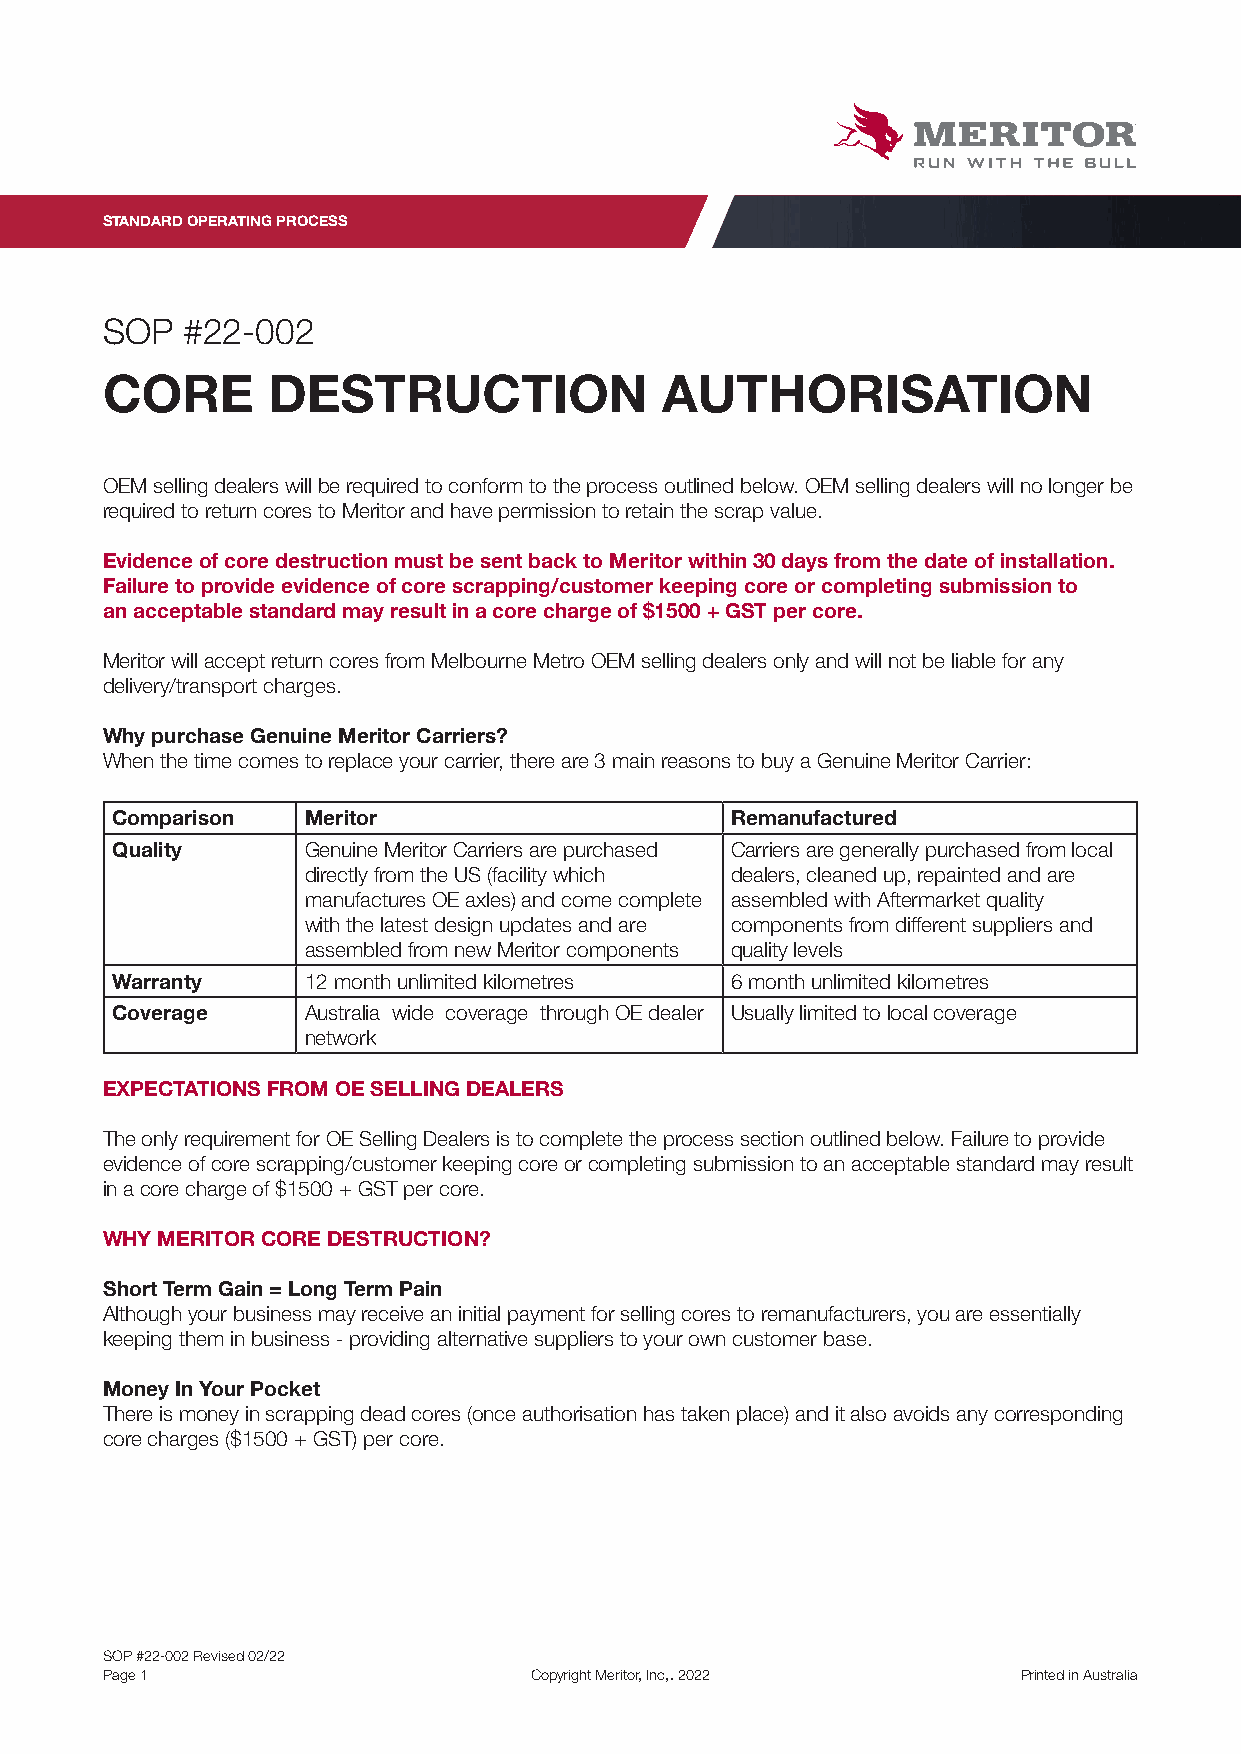
STANDARD OPERATING PROCESS
 SOP  #22-002
 CORE       DESTRUCTION               AUTHORISATION
 OEM selling dealers will be required to conform to the process outlined below. OEM selling dealers will no longer be
 required to return cores to Meritor and have permission to retain the scrap value.
 Evidence of core destruction must be sent back to Meritor within 30 days from the date of installation.
 Failure to provide evidence of core scrapping/customer keeping core or completing submission to
 an acceptable standard may result in a core charge of $1500 + GST per core.
 Meritor will accept return cores from Melbourne Metro OEM selling dealers only and will not be liable for any
 delivery/transport charges.
 Why purchase Genuine Meritor Carriers?
 When the time comes to replace your carrier, there are 3 main reasons to buy a Genuine Meritor Carrier:
 Comparison   Meritor                     Remanufactured
 Quality      Genuine Meritor Carriers are purchased Carriers are generally purchased from local
 directly from the US (facility which dealers, cleaned up, repainted and are
 manufactures OE axles) and come complete assembled with Aftermarket quality
 with the latest design updates and are components from different suppliers and
 assembled from new Meritor components quality levels
 Warranty     12 month unlimited kilometres 6 month unlimited kilometres
 Coverage     Australia wide coverage through OE dealer Usually limited to local coverage
 network
 EXPECTATIONS FROM OE SELLING DEALERS
 The only requirement for OE Selling Dealers is to complete the process section outlined below. Failure to provide
 evidence of core scrapping/customer keeping core or completing submission to an acceptable standard may result
 in a core charge of $1500 + GST per core.
 WHY MERITOR CORE DESTRUCTION?
 Short Term Gain = Long Term Pain
 Although your business may receive an initial payment for selling cores to remanufacturers, you are essentially
 keeping them in business - providing alternative suppliers to your own customer base.
 Money In Your Pocket
 There is money in scrapping dead cores (once authorisation has taken place) and it also avoids any corresponding
 core charges ($1500 + GST) per core.
 SOP #22-002 Revised 02/22
 Page 1                      Copyright Meritor, Inc,. 2022    Printed in Australia